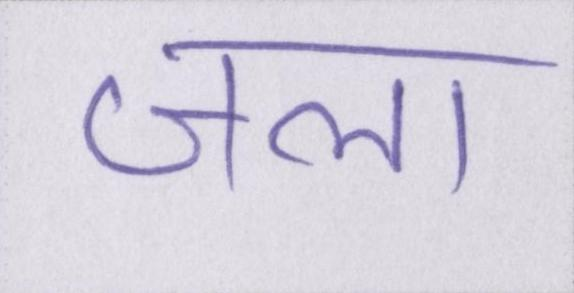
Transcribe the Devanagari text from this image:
जला